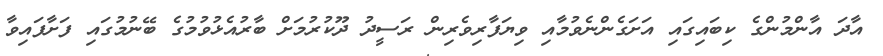
އާދަ އާންމުންގެ ކިބައިގައި އަށަގެންނެވުމާއި ވިޔަފާރިވެރިން ރަސީދު ދޫކުރުމަށް ބާރުއެޅުވުމުގެ ބޭނުމުގައި ފަށާފައިވާ